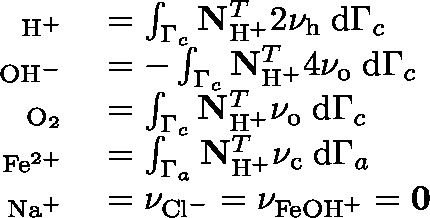
\begin{array} { r l } { \mathbf { \upnu } _ { \mathrm { H } ^ { + } } } & { { } = \int _ { \Gamma _ { c } } \mathbf { N } _ { \mathrm { H } ^ { + } } ^ { T } 2 \nu _ { \mathrm { h } } \; \mathrm { d } \Gamma _ { c } } \\ { \mathbf { \upnu } _ { \mathrm { O H } ^ { - } } } & { { } = - \int _ { \Gamma _ { c } } \mathbf { N } _ { \mathrm { H } ^ { + } } ^ { T } 4 \nu _ { \mathrm { o } } \; \mathrm { d } \Gamma _ { c } } \\ { \mathbf { \upnu } _ { \mathrm { O } _ { 2 } } } & { { } = \int _ { \Gamma _ { c } } \mathbf { N } _ { \mathrm { H } ^ { + } } ^ { T } \nu _ { \mathrm { o } } \; \mathrm { d } \Gamma _ { c } } \\ { \mathbf { \upnu } _ { \mathrm { F e } ^ { 2 + } } } & { { } = \int _ { \Gamma _ { a } } \mathbf { N } _ { \mathrm { H } ^ { + } } ^ { T } \nu _ { \mathrm { c } } \; \mathrm { d } \Gamma _ { a } } \\ { \mathbf { \upnu } _ { \mathrm { N a } ^ { + } } } & { { } = \mathbf { \nu } _ { \mathrm { C l } ^ { - } } = \mathbf { \nu } _ { \mathrm { F e O H } ^ { + } } = \mathbf { 0 } } \end{array}